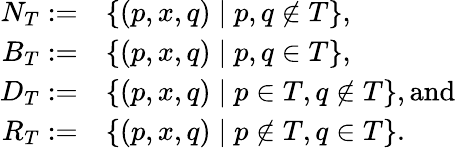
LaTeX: \begin{array}{rl}{N_{T}:=}&{\{ (p,x,q)\mid p,q\not\in T\} ,}\\ {B_{T}:=}&{\{ (p,x,q)\mid p,q\in T\} ,}\\ {D_{T}:=}&{\{ (p,x,q)\mid p\in T,q\not\in T\} ,\textrm{and}}\\ {R_{T}:=}&{\{ (p,x,q)\mid p\not\in T,q\in T\} .}\end{array}